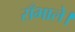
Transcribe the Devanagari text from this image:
सँभाले।